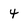
Character: 4